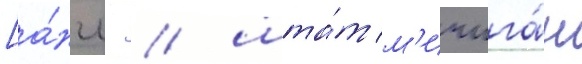
[а́нгл. / шта́т м'ичига́н